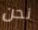
نحن